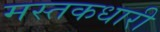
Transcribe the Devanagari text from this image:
मस्तकधारी